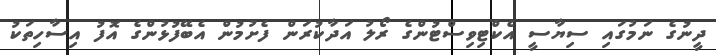
ދީނުގެ ނަމުގައި ސިޔާސީ އެކްޓިވިސްޓުންގެ ރޯލު އަދާކުރަން ފެށުމުން އެބޭފުޅުންގެ އޮފު އިސާހިތަކު